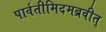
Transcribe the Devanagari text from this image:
पार्वतीमिदमब्रवीत्